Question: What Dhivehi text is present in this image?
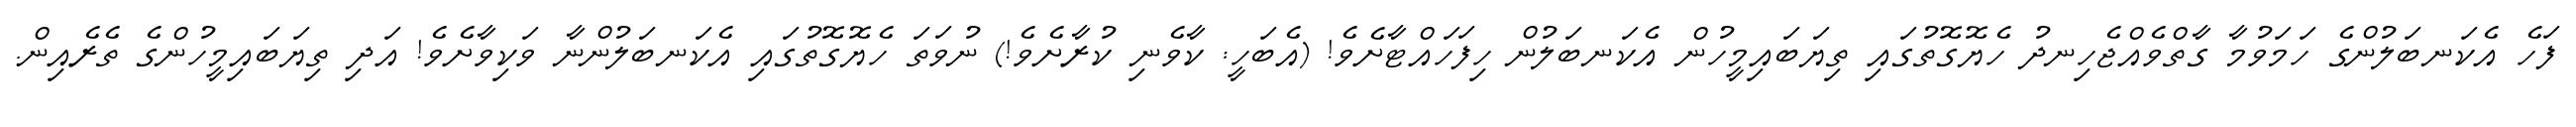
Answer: ފަހެ އެކަނބަލުންގެ ހަމަވުމާ ގާތްވެއްޖެހިނދު ހެޔޮގޮތުގައި ތިޔަބައިމީހުން އެކަނބަލުން ހިފަހައްޓާށެވެ! (އެބަހީ: ކާވެނި ކުރާށެވެ!) ނުވަތަ ހެޔޮގޮތުގައި އެކަނބަލުންނާ ވަކިވާށެވެ! އަދި ތިޔަބައިމީހުންގެ ތެރެއިން.